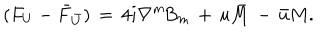
LaTeX: ( F _ { U } - \bar { F } _ { \bar { U } } ) \, = \, 4 i \nabla ^ { m } \! B _ { m } \, + \, u \bar { M } \, - \, \bar { u } M .